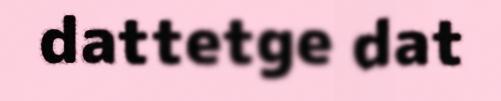
dattetge dat